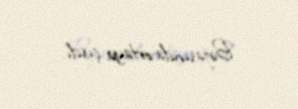
Birjasında ortaya çıxdı.